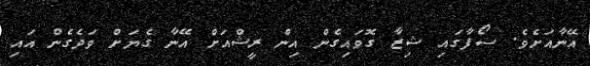
އޭނާއަށެވެ. ސޯފާގައި ޝިޒާ ގޮވައިގެން އިން ރީޝްއަށް އޭނާ ގެޔަށް ވަދެގެން އައި